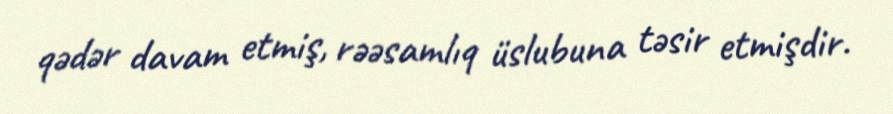
qədər davam etmiş, rəəsamlıq üslubuna təsir etmişdir.